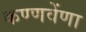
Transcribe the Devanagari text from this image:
कण्णवेंणा